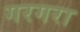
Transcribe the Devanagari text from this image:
गरगरा